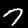
Digit: 7